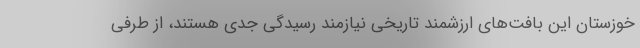
خوزستان این بافت‌های ارزشمند تاریخی نیازمند رسیدگی جدی هستند، از طرفی